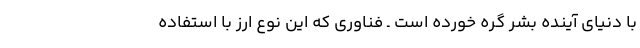
با دنیای آینده بشر گره خورده است ـ فناوری که این نوع ارز با استفاده